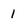
Character: 1